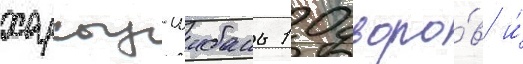
харсыз-шибань 10 дворо́в и́